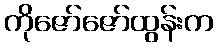
ကိုဇော်ဇော်ထွန်းက